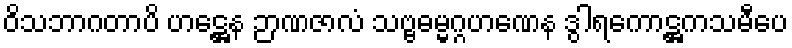
ဝိသဘာဂတာပိ ဟဋ္ဌေန ဉာဏဇာလံ သဗ္ဗဓမ္မဂ္ဂဟဏေန ဒွါရကောဋ္ဌကသမီပေ